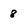
Character: 8